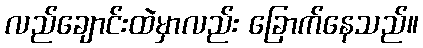
လည်ချောင်းထဲမှာလည်း ခြောက်နေသည်။